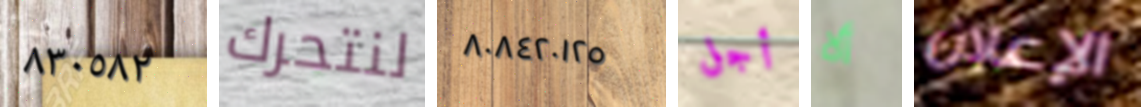
٨٣٠٥٨٢ لنتحرك ٨٠٨٤٢٠١٢٥ أجل ألا الإعلان